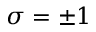
\sigma = \pm 1